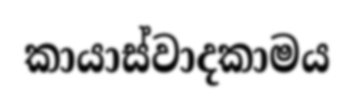
කායාස්වාදකාමය